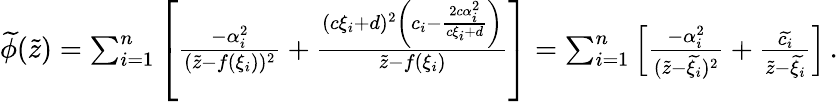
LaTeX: \begin{array}{r}{\widetilde{\phi}(\widetilde{z})=\sum_{i=1}^{n}\left[{\frac{-\alpha_{i}^{2}}{(\widetilde{z}-f(\xi_{i}))^{2}}}+{\frac{(c\xi_{i}+d)^{2}\left(c_{i}-{\frac{2c\alpha_{i}^{2}}{c\xi_{i}+d}}\right)}{\widetilde{z}-f(\xi_{i})}}\right]=\sum_{i=1}^{n}\left[{\frac{-\alpha_{i}^{2}}{(\widetilde{z}-\widetilde{\xi_{i}})^{2}}}+{\frac{\widetilde{c_{i}}}{\widetilde{z}-\widetilde{\xi_{i}}}}\right]\, .}\end{array}